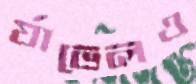
র‍্যাভেলও